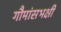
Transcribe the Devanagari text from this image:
गौमांसभक्षी